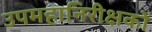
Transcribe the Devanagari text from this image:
उपमहानिरीक्षकों